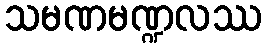
သမဏမဏ္ဍလဿ